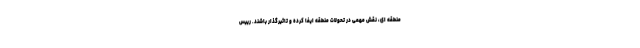
منطقه ای، نقش مهمی در تحولات منطقه ایفا کرده و تاثیرگذار باشند. رییس